Madras plague regulations in force outside the Presidency town - Volume 3
Disease focus: Plague
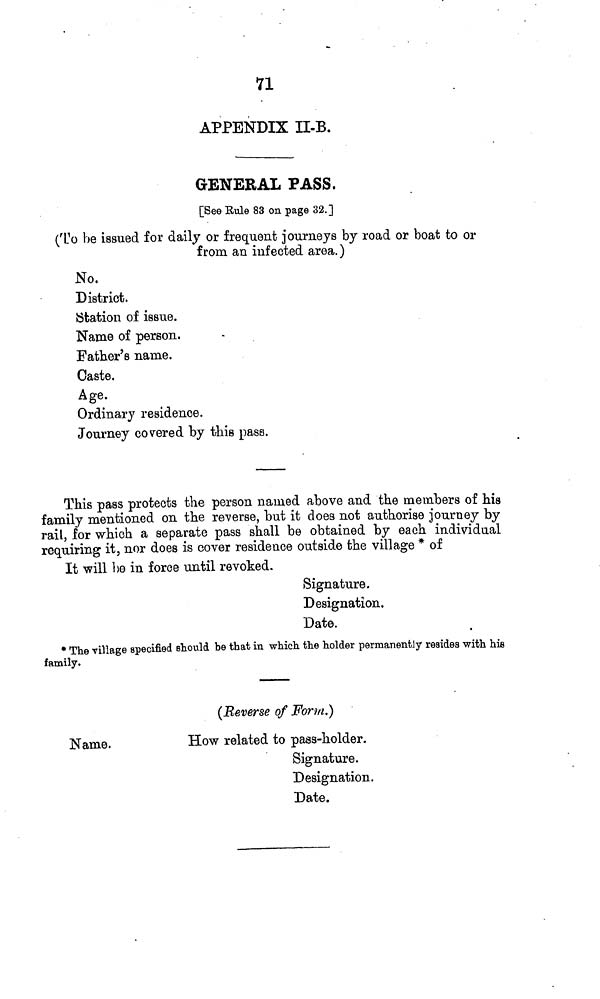
71
APPENDIX II-B.
GENERAL PASS.
[See Rule 83 on page 32.]
(To be issued for daily or frequent journeys by road or boat to or
from an infected area.)
No.
District.
Station of issue.
Name of person.
Father's name.
Caste.
Age.
Ordinary residence.
Journey covered by this pass.
This pass protects the person named above and the members of his
family mentioned on the reverse, but it does not authorise journey by
rail, for which a separate pass shall be obtained by each individual
requiring it, nor does is cover residence outside the village * of
It will be in force until revoked.
Signature.
Designation.
Date.
* The village specified should be that in which the holder permanently reaides with hie
family.
(Reverse of Form.)
Name.
How related to pass-holder.
Signature.
Designation.
Date.